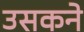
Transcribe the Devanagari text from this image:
उसकने